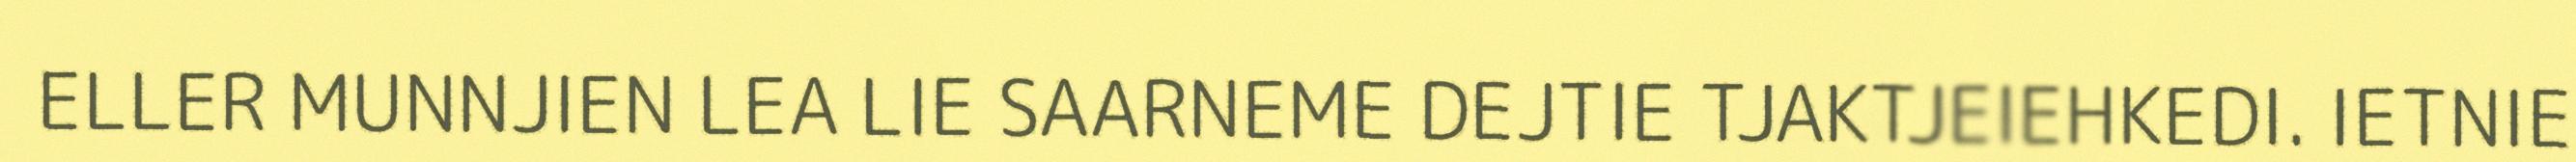
ELLER MUNNJIEN LEA LIE SAARNEME DEJTIE TJAKTJEIEHKEDI. IETNIE